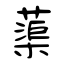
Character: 蕖